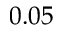
0 . 0 5